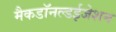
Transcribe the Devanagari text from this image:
मैकडॉनल्डईजेशन